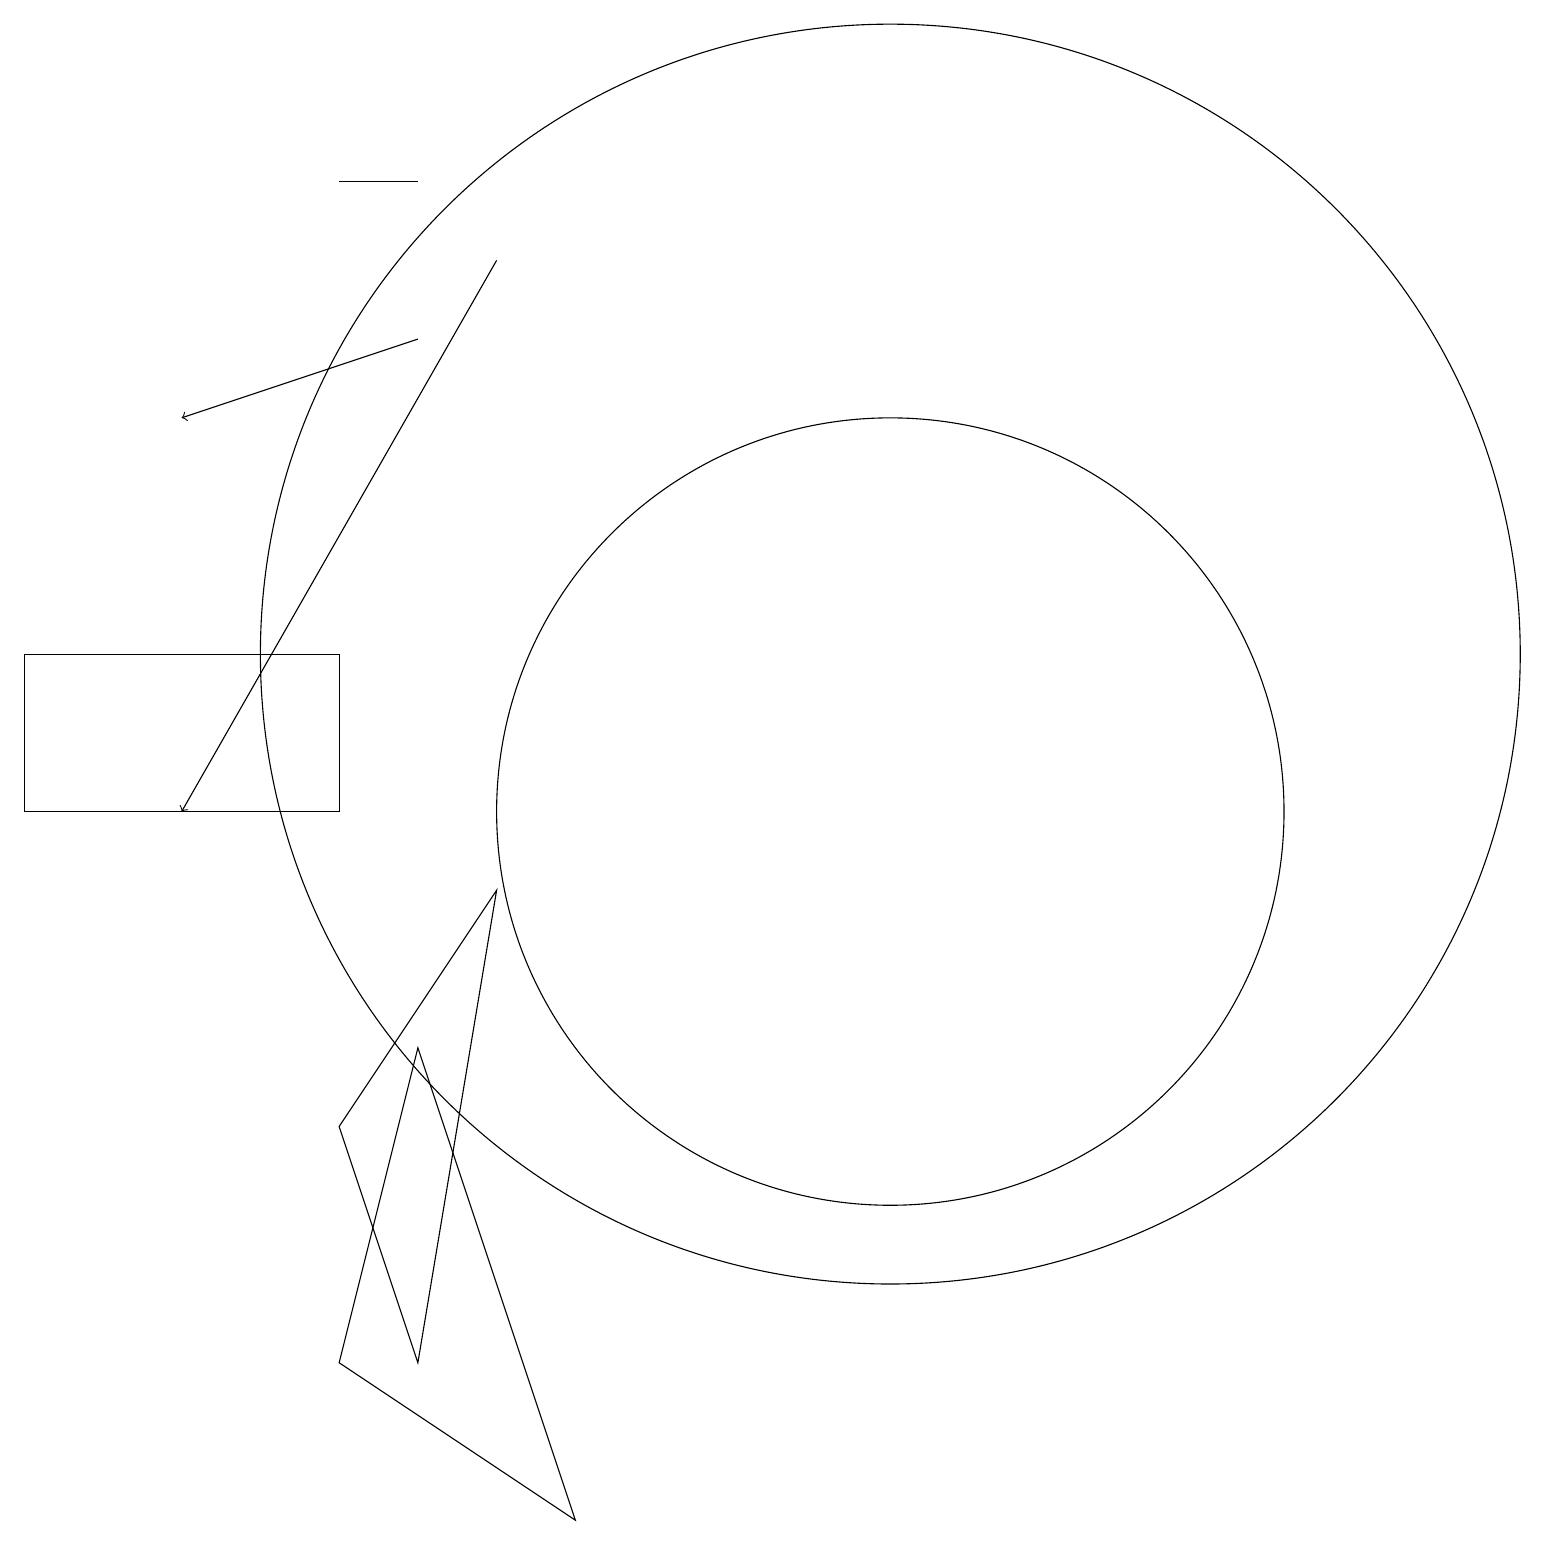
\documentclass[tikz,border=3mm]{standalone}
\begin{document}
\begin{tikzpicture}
\draw[->] (6,17) -- (2,10);
\draw (11,10) circle (5);
\draw (4,12) rectangle (0,10);
\draw (6,9) -- (4,6) -- (5,3) -- cycle;
\draw (5,7) -- (7,1) -- (4,3) -- cycle;
\draw (4,18) rectangle (5,18);
\draw[->] (5,16) -- (2,15);
\draw (11,12) circle (8);
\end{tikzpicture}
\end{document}